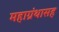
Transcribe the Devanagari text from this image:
महाग्रंथासह